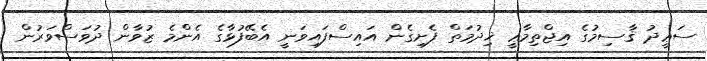
ސަޢީދު ޤާސިމުގެ އިޖްތިމާޢީ ޚިދުމަތް ފެށިގެން އައިސްފައިވަނީ އެބޭފުޅާގެ އެންމެ ޒުވާން ދުވަސްވަރުން